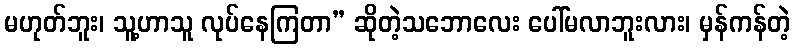
မဟုတ်ဘူး၊ သူ့ဟာသူ လုပ်နေကြတာ” ဆိုတဲ့သဘောလေး ပေါ်မလာဘူးလား၊ မှန်ကန်တဲ့